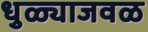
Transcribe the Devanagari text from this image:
धुळ्याजवळ